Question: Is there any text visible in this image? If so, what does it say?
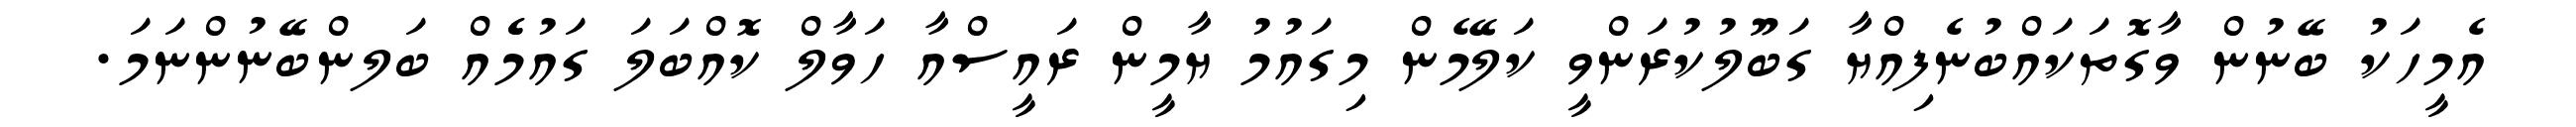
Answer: އެމީހަކު ބޭނުން ވާގޮތަކައްބުނެފިއްޔާ ގަބޫލުކުރަންވީ ކަލޭމެން މިގައުމު ޔާމީން ރައީސްއާ ހަވާލް ކޮއްބަލަ ގައުމެެއް ބަލންބޭނުންނަމަ.